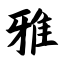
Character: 雅